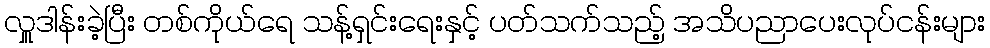
လှူဒါန်းခဲ့ပြီး တစ်ကိုယ်ရေ သန့်ရှင်းရေးနှင့် ပတ်သက်သည့် အသိပညာပေးလုပ်ငန်းများ